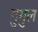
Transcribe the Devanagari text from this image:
गुगुल